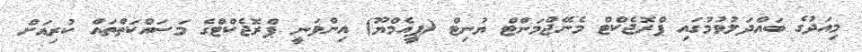
މިއަދުގެ ބައްދަލުވުމުގައި ޕްރޮޖެކްޓް މެނޭޖްމަންޓް ޔުނިޓް (ޕީއެމްޔޫ) އިންވަނީ ޕްރޮޖެކްޓްގެ މަސައްކަތްތައް ކުރިއަށް